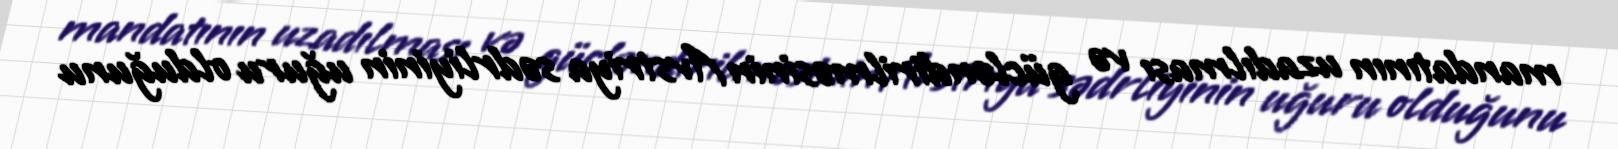
mandatının uzadılması və gücləndirilməsinin Avstriya sədrliyinin uğuru olduğunu